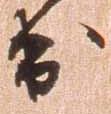
出